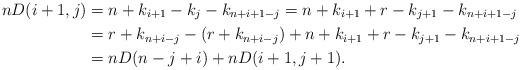
LaTeX: \begin{align*} nD(i+1,j)&=n+k_{i+1}-k_j-k_{n+i+1-j}=n+k_{i+1}+r-k_{j+1}-k_{n+i+1-j}\\ &=r+k_{n+i-j}-(r+k_{n+i-j})+n+k_{i+1}+r-k_{j+1}-k_{n+i+1-j}\\ &=nD(n-j+i)+nD(i+1,j+1).\end{align*}